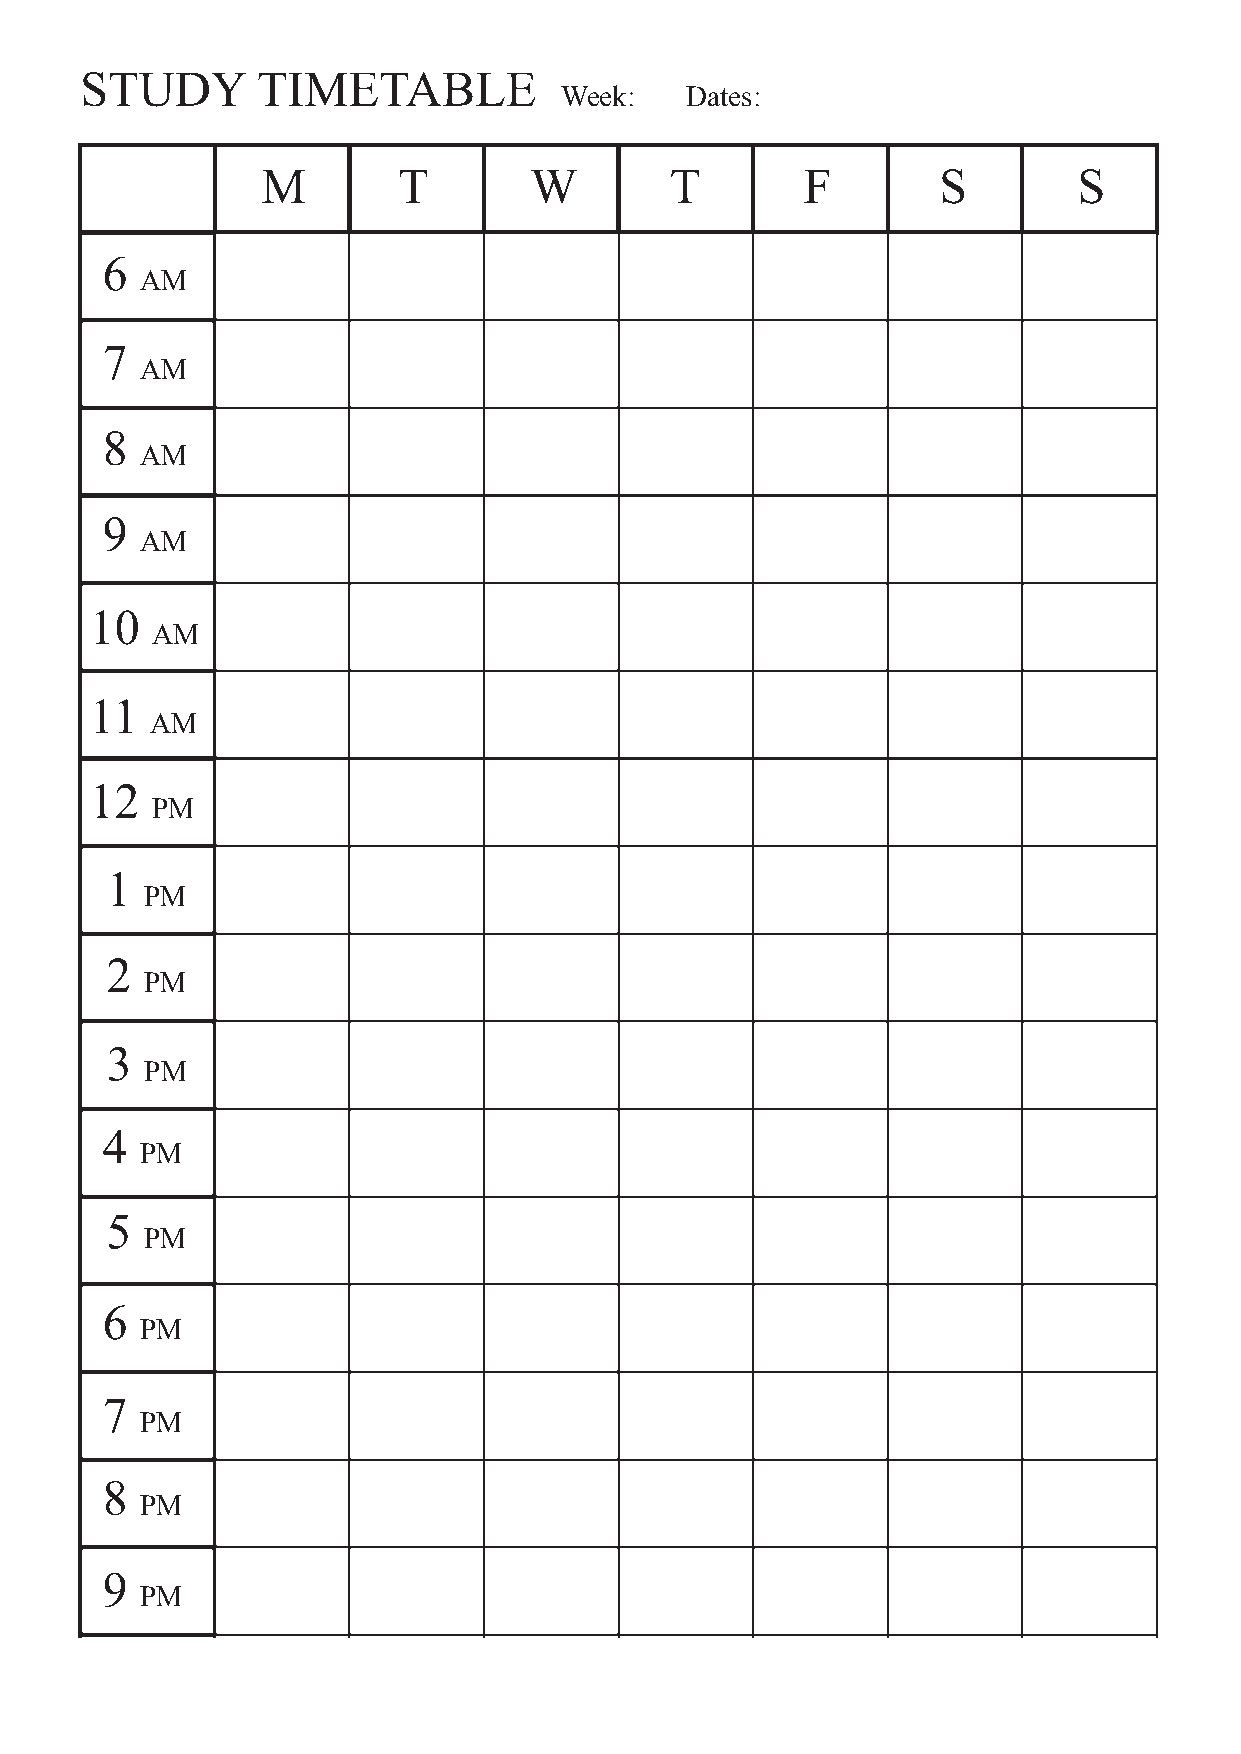
STUDY       TIMETABLE
 Week:   Dates:
 M        T        W        T        F        S        S
 6
 AM
 7
 AM
 8
 AM
 9
 AM
 10
 AM
 11
 AM
 12
 PM
 1
 PM
 2
 PM
 3
 PM
 4
 PM
 5
 PM
 6
 PM
 7
 PM
 8
 PM
 9
 PM
 10
 PM